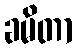
ခမိတာ